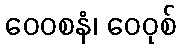
ဝေဝစနံ၊ ဝေဝုစ်